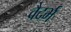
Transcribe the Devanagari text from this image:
वैदर्भ